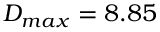
D _ { m a x } = 8 . 8 5